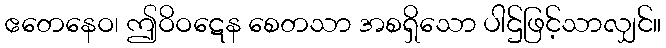
ဧတေနေဝ၊ ဤဝိဝဋေန စေတသာ အစရှိသော ပါဌ်ဖြင့်သာလျှင်။